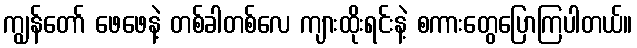
ကျွန်တော် ဖေဖေနဲ့ တစ်ခါတစ်လေ ကျားထိုးရင်းနဲ့ စကားတွေပြောကြပါတယ်။